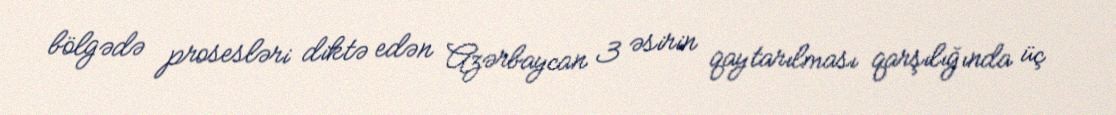
bölgədə prosesləri diktə edən Azərbaycan 3 əsirin qaytarılması qarşılığında üç